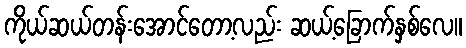
ကိုယ်ဆယ်တန်းအောင်တော့လည်း ဆယ့်ခြောက်နှစ်လေ။